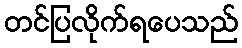
တင်ပြလိုက်ရပေသည်